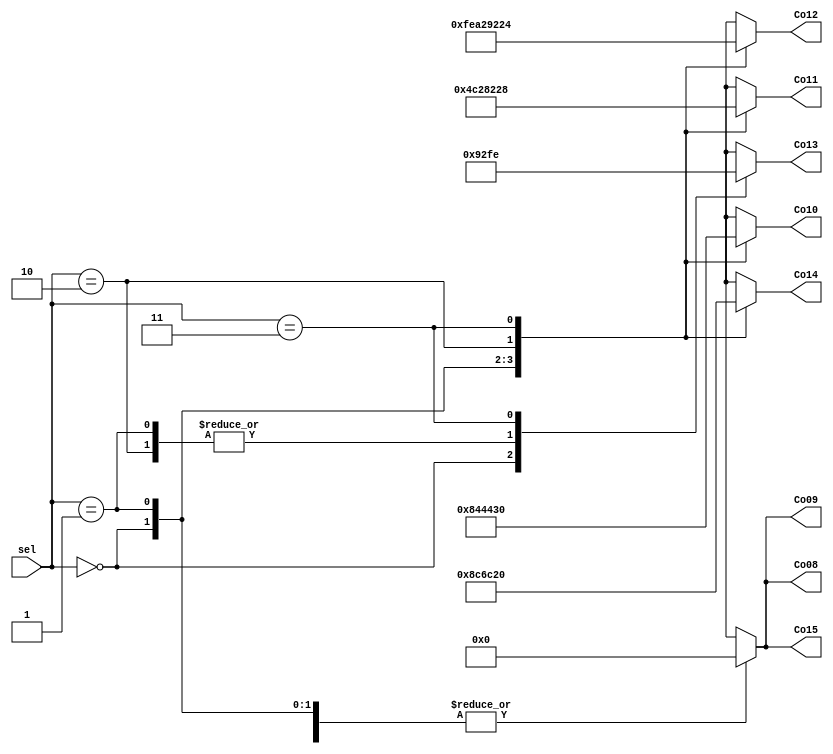
module LED8Decoder(sel,Co08,Co09,Co10,Co11,Co12,Co13,Co14,Co15);
	input [1:0]sel;
	output [7:0] Co08,Co09,Co10,Co11,Co12,Co13,Co14,Co15;
	reg [7:0] Co08,Co09,Co10,Co11,Co12,Co13,Co14,Co15;
	always @ (*)
	begin
		case(sel)
			2'b00:	begin	//display "1"
				Co08 = 8'b0000_0000;
				Co09 = 8'b0000_0000;
				Co10 = 8'b0000_0000;
				Co11 = 8'b0000_0100;
				Co12 = 8'b1111_1110;
				Co13 = 8'b0000_0000;
				Co14 = 8'b0000_0000;
				Co15 = 8'b0000_0000;
			end
			2'b01:	begin //display "2"
				Co08 = 8'b0000_0000;
				Co09 = 8'b0000_0000;
				Co10 = 8'b1000_0100;
				Co11 = 8'b1100_0010;
				Co12 = 8'b1010_0010;
				Co13 = 8'b1001_0010;
				Co14 = 8'b1000_1100;
				Co15 = 8'b0000_0000;
			end
			2'b10:	begin //display "3"
				Co08 = 8'b0000_0000;
				Co09 = 8'b0000_0000;
				Co10 = 8'b0100_0100;
				Co11 = 8'b1000_0010;
				Co12 = 8'b1001_0010;
				Co13 = 8'b1001_0010;
				Co14 = 8'b0110_1100;
				Co15 = 8'b0000_0000;
			end
			2'b11:	begin //display "4"
				Co08 = 8'b0000_0000;
				Co09 = 8'b0000_0000;
				Co10 = 8'b0011_0000;
				Co11 = 8'b0010_1000;
				Co12 = 8'b0010_0100;
				Co13 = 8'b1111_1110;
				Co14 = 8'b0010_0000;
				Co15 = 8'b0000_0000;
			end
			default:	begin //no display
				Co08 = 8'b1111_1111;
				Co09 = 8'b1111_1111;
				Co10 = 8'b1111_1111;
				Co11 = 8'b1111_1111;	
				Co12 = 8'b1111_1111;
				Co13 = 8'b1111_1111;
				Co14 = 8'b1111_1111;
				Co15 = 8'b1111_1111;
			end
		endcase
	end
endmodule